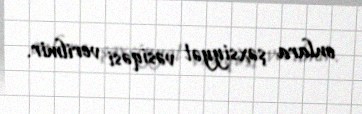
onlara şəxsiyyət vəsiqəsi verilmir.